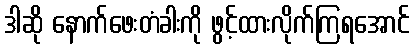
ဒါဆို နောက်ဖေးတံခါးကို ဖွင့်ထားလိုက်ကြရအောင်